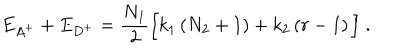
E _ { A ^ { + } } + E _ { D ^ { + } } = \frac { N _ { 1 } } { 2 } \Big [ k _ { 1 } \left( N _ { 2 } + 1 \right) + k _ { 2 } \left( r - 1 \right) \Big ] \; .